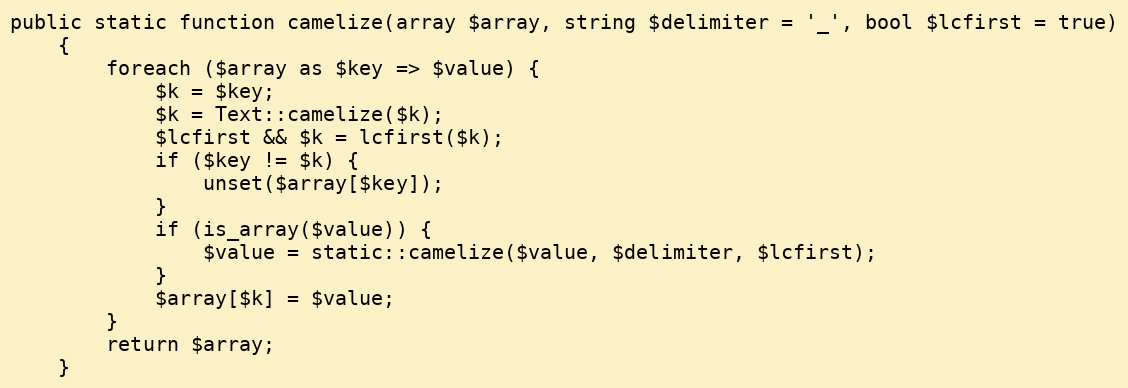
Language: PHP
public static function camelize(array $array, string $delimiter = '_', bool $lcfirst = true)
    {
        foreach ($array as $key => $value) {
            $k = $key;
            $k = Text::camelize($k);
            $lcfirst && $k = lcfirst($k);
            if ($key != $k) {
                unset($array[$key]);
            }
            if (is_array($value)) {
                $value = static::camelize($value, $delimiter, $lcfirst);
            }
            $array[$k] = $value;
        }
        return $array;
    }